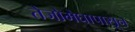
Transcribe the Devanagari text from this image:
तेजोमेघापासून